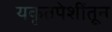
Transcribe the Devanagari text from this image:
यकृतपेशींतून